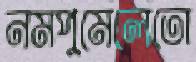
নমপুমেলেতো